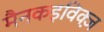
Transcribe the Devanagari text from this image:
मैनकइविक्ज़